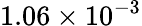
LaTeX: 1.06\times 10^{-3}